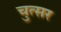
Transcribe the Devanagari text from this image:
चुत्सर